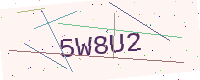
Text: 5W8U2